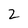
Character: 2